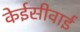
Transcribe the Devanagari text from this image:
केईसीवाई